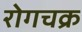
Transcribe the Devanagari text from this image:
रोगचक्र